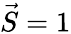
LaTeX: {\vec{S}}=1